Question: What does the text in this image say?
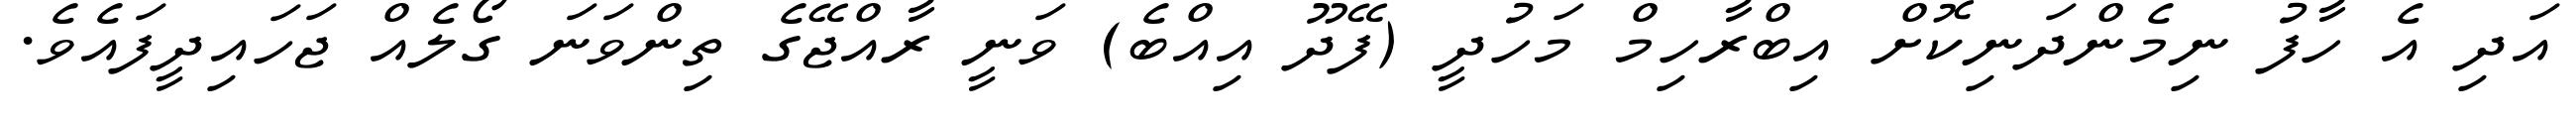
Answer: އަދި އެ ހާފު ނިމެންދަނިކޮށް އިބްރާހިމް މަހުދީ (ފޭދޫ އިއްބެ) ވަނީ ރާއްޖޭގެ ތިންވަނަ ގޯލެއް ޖަހައިދީފައެވެ.